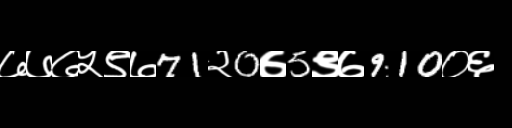
Text: ७७७५९७71२0७5९७910०६